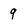
Character: 9